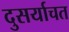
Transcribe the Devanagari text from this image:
दुसर्याचत